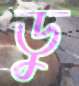
ডু